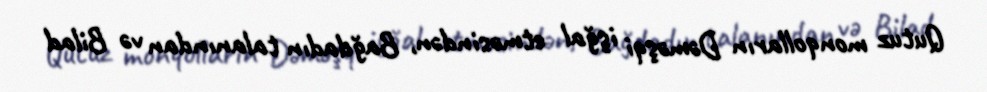
Qutuz monqolların Dəməşqi işğal etməsindən, Bağdadın talanından və Bilad